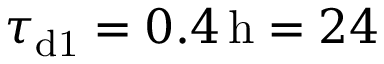
\tau _ { \mathrm { d 1 } } = 0 . 4 \, \mathrm { h } = 2 4